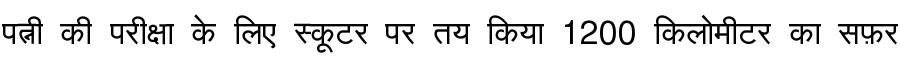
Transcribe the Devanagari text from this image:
पत्नी की परीक्षा के लिए स्कूटर पर तय किया 1200 किलोमीटर का सफ़र